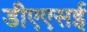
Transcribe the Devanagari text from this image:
डीएएसई